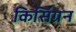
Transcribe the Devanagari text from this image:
किसिंग्रन